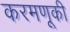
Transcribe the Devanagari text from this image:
करमणूकी